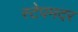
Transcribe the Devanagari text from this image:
स्टेपमदर